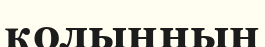
қолыңның